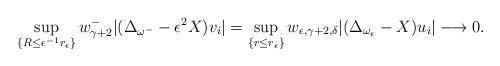
LaTeX: \begin{align*} \sup_{\{R\leq \epsilon^{-1}r_\epsilon\}} w^-_{\gamma+2} |(\Delta_{\omega^-}-\epsilon^2X) v_i| =\sup_{\{r\leq r_\epsilon\}} w_{\epsilon,\gamma+2,\delta} |(\Delta_{\omega_\epsilon}-X) u_i|\longrightarrow 0.\end{align*}